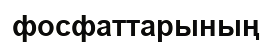
фосфаттарының